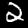
Label: 2